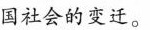
国社会的变迁。